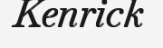
Kenrick